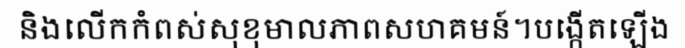
និងលើកកំពស់សុខុមាលភាពសហគមន៍។បង្កើតឡើង